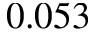
0 . 0 5 3